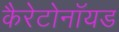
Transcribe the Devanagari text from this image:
कैरेटोनॉयड